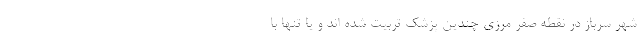
شهر سرباز در نقطه صفر مرزی چندین پزشک تربیت شده اند و یا تنها با